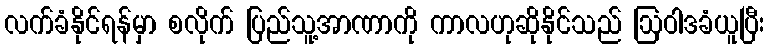
လက်ခံနိုင်ရန်မှာ စလိုက် ပြည်သူ့အာဏာကို ကာလဟုဆိုနိုင်သည် ဩဝါဒခံယူပြီး